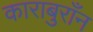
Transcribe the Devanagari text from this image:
काराबुराँन